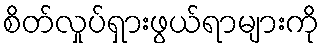
စိတ်လှုပ်ရှားဖွယ်ရာများကို